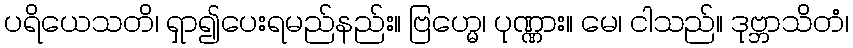
ပရိယေသတိ၊ ရှာ၍ပေးရမည်နည်း။ ဗြဟ္မေ၊ ပုဏ္ဏား။ မေ၊ ငါသည်။ ဒုဗ္ဘာသိတံ၊